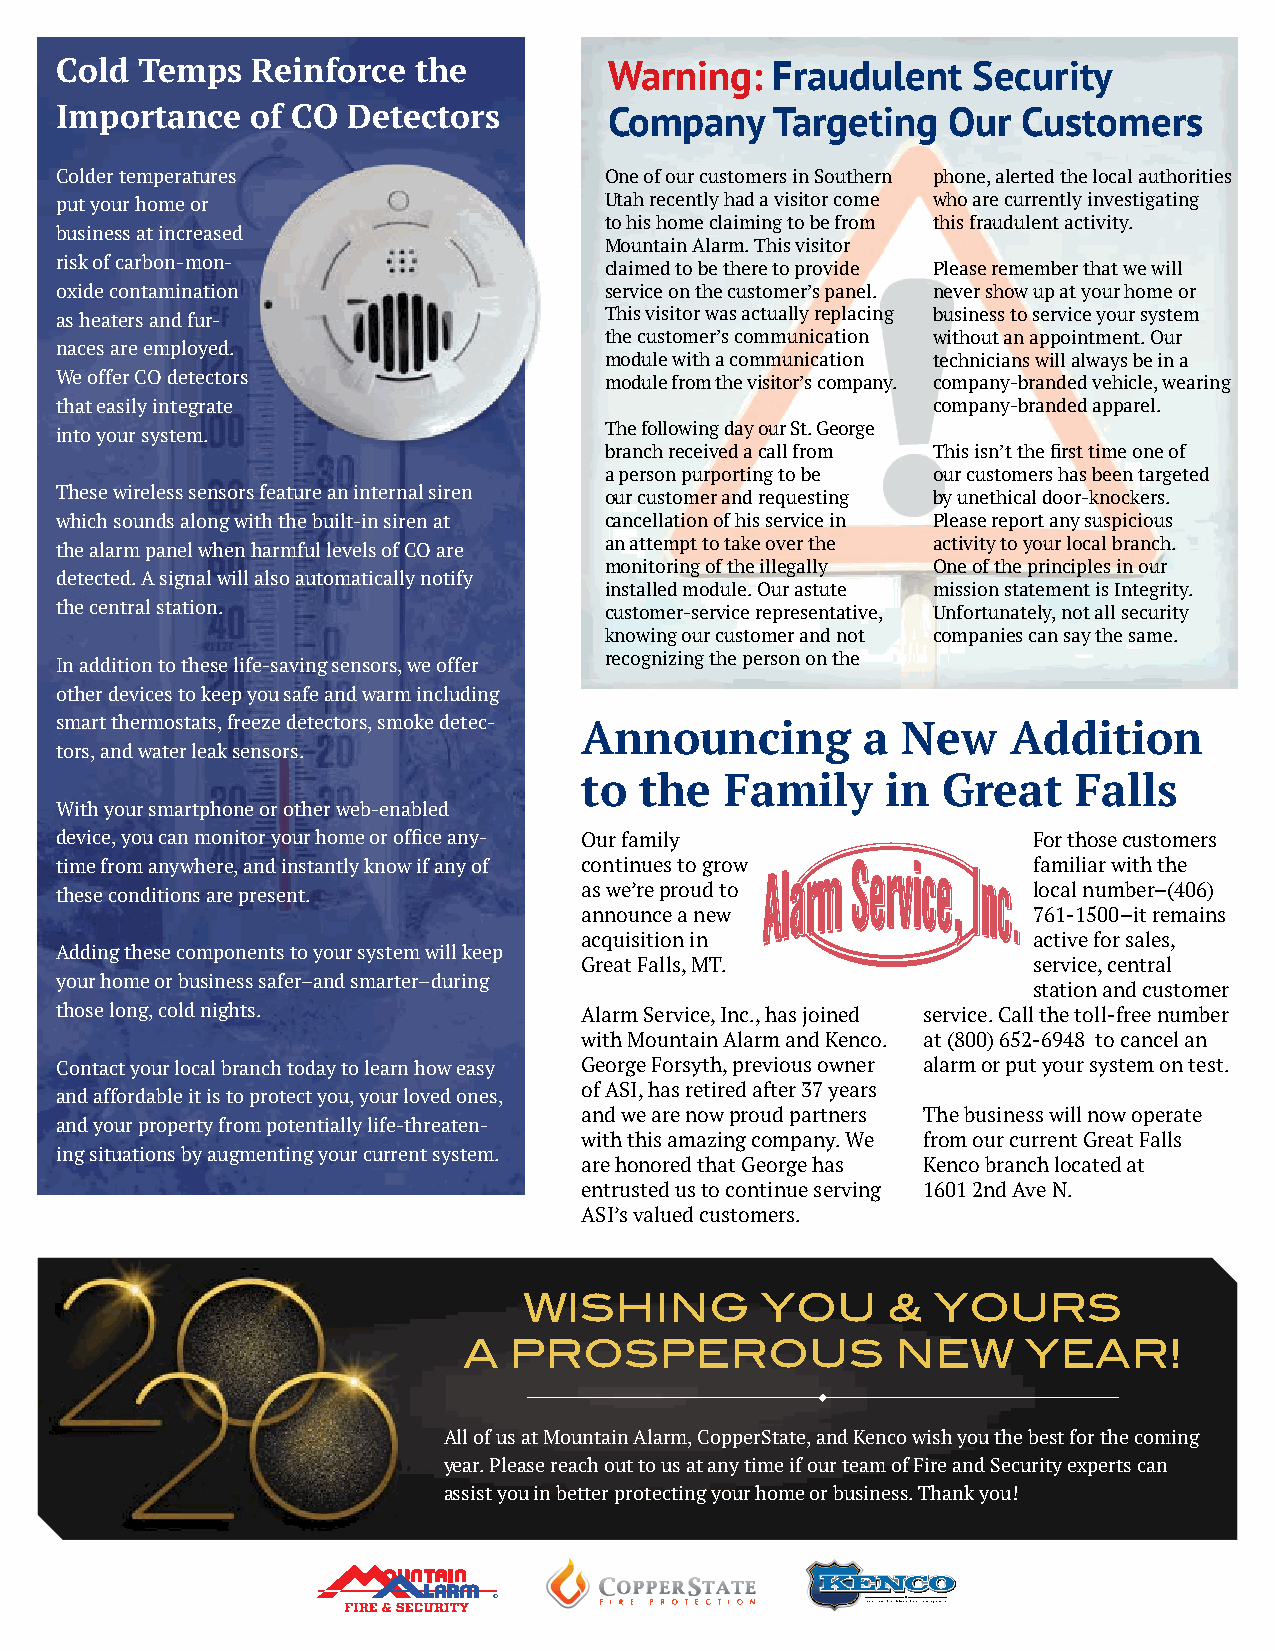
Cold Temps   Reinforce the          Warning:   Fraudulent   Security
 Importance   of CO Detectors        Company    Targeting   Our  Customers
 Colder temperatures                 One of our customers in Southern phone, alerted the local authorities
 put your home or                    Utah recently had a visitor come who are currently investigating
 to his home claiming to be from this fraudulent activity.
 business at increased
 Mountain Alarm. This visitor
 risk of carbon-mon-                 claimed to be there to provide Please remember that we will
 oxide contamination                 service on the customer’s panel. never show up at your home or
 as heaters and fur-                 This visitor was actually replacing business to service your system
 the customer’s communication without an appointment. Our
 naces are employed.
 module with a communication technicians will always be in a
 We offer CO detectors               module from the visitor’s company. company-branded vehicle, wearing
 that easily integrate                                     company-branded apparel.
 into your system.                   The following day our St. George
 branch received a call from This isn’t the first time one of
 a person purporting to be our customers has been targeted
 These wireless sensors feature an internal siren our customer and requesting by unethical door-knockers.
 which sounds along with the built-in siren at cancellation of his service in Please report any suspicious
 the alarm panel when harmful levels of CO are an attempt to take over the activity to your local branch.
 monitoring of the illegally One of the principles in our
 detected. A signal will also automatically notify
 installed module. Our astute mission statement is Integrity.
 the central station.                customer-service representative, Unfortunately, not all security
 knowing our customer and not companies can say the same.
 recognizing the person on the
 In addition to these life-saving sensors, we offer
 other devices to keep you safe and warm including
 smart thermostats, freeze detectors, smoke detec- Announcing a New Addition
 tors, and water leak sensors.
 to  the   Family     in Great    Falls
 With your smartphone or other web-enabled
 device, you can monitor your home or office any- Our family     For those customers
 time from anywhere, and instantly know if any of continues to grow familiar with the
 these conditions are present.     as we’re proud to             local number–(406)
 announce a new                761-1500–it remains
 acquisition in                active for sales,
 Adding these components to your system will keep
 Great Falls, MT.              service, central
 your home or business safer–and smarter–during
 station and customer
 those long, cold nights.          Alarm Service, Inc., has joined service. Call the toll-free number
 with Mountain Alarm and Kenco. at (800) 652-6948 to cancel an
 Contact your local branch today to learn how easy George Forsyth, previous owner alarm or put your system on test.
 of ASI, has retired after 37 years
 and affordable it is to protect you, your loved ones,
 and we are now proud partners The business will now operate
 and your property from potentially life-threaten-
 with this amazing company. We from our current Great Falls
 ing situations by augmenting your current system.
 are honored that George has Kenco branch located at
 entrusted us to continue serving 1601 2nd Ave N.
 ASI’s valued customers.
 WISHING        YOU      &  YOURS
 A  PROSPEROUS               NEW      YEAR!
 All of us at Mountain Alarm, CopperState, and Kenco wish you the best for the coming
 year. Please reach out to us at any time if our team of Fire and Security experts can
 assist you in better protecting your home or business. Thank you!